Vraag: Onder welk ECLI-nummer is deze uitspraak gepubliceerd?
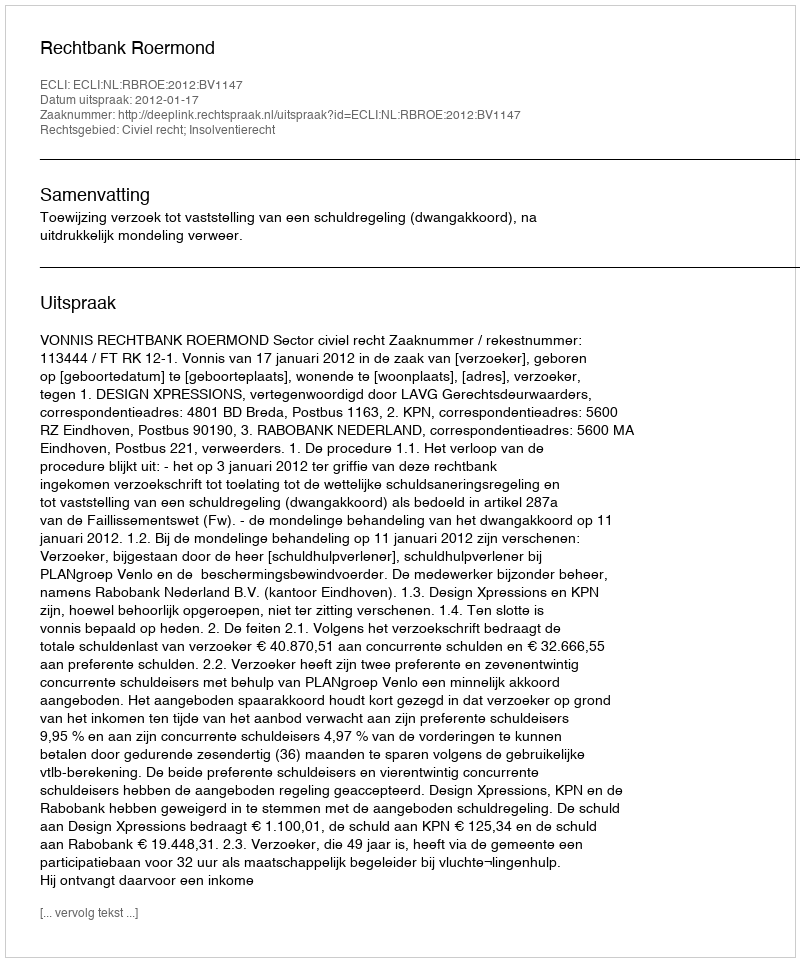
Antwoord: ECLI:NL:RBROE:2012:BV1147